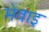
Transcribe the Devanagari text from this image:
मेवाइ